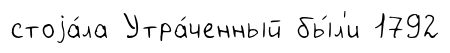
стоjа́ла Утра́ченный бы́л'и 1792